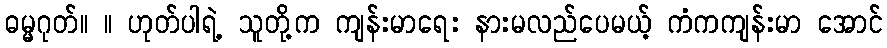
ဓမ္မဂုတ်။ ။ ဟုတ်ပါရဲ့ သူတို့က ကျန်းမာရေး နားမလည်ပေမယ့် ကံကကျန်းမာ အောင်